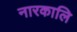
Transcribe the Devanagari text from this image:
नारकालि